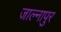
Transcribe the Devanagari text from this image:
जाल्नापुर